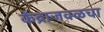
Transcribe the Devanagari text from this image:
केंद्राजवळचा